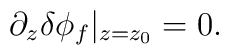
\partial_z \delta \phi_f \vert_{z=z_0} =0.